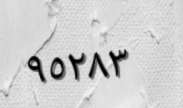
٩٥٢٨٣